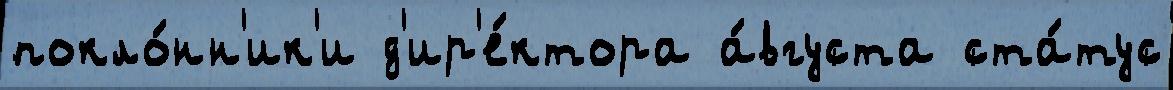
покло́нн'ик'и д'ир'е́ктора а́вгуста ста́тус